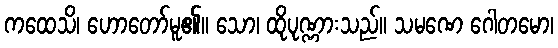
ကထေသိ၊ ဟောတော်မူ၏။ သော၊ ထိုပုဏ္ဏားသည်။ သမဏေ ဂေါတမော၊